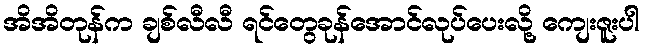
အိအိတုန်က ချစ်လီလီ ရင်တွေခုန်အောင်လုပ်ပေးလို့ ကျေးဇူးပါ